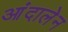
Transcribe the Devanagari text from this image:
आंदालेन